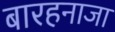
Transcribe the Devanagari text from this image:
बारहनाजा